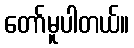
တော်မူပါတယ်။